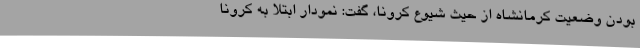
بودن وضعیت کرمانشاه از حیث شیوع کرونا، گفت: نمودار ابتلا به کرونا